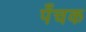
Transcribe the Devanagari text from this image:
पँचक